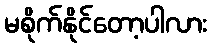
မစိုက်နိုင်တော့ပါလား